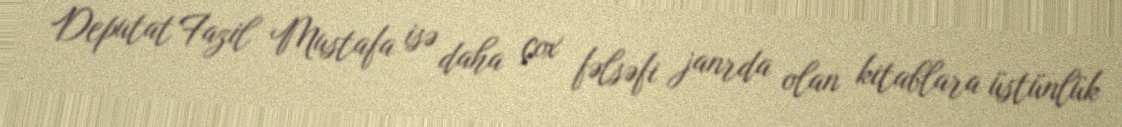
Deputat Fazil Mustafa isə daha çox fəlsəfi janrda olan kitablara üstünlük